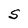
Character: S